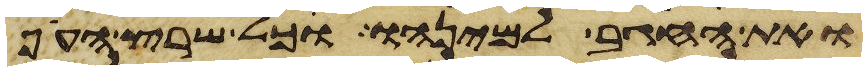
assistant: ואת החגב למינהו וכל שרץ העוף